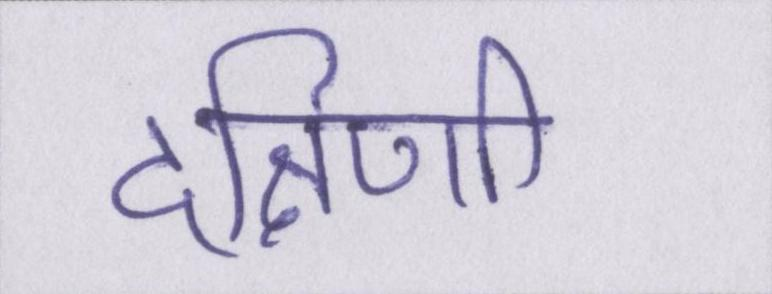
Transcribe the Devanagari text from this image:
दक्षिणी